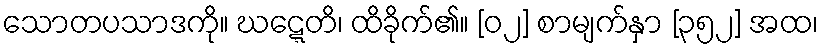
သောတပသာဒကို။ ဃဋ္ဋေတိ၊ ထိခိုက်၏။ [၀၂] စာမျက်နှာ [၃၅၂] အထ၊